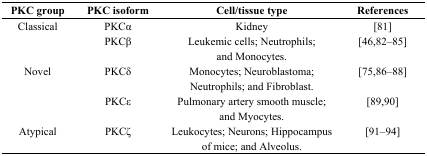
<table><thead><tr><td><b>PKC group</b></td><td><b>PKC isoform</b></td><td><b>Cell/tissue type</b></td><td><b>References</b></td></tr></thead><tbody><tr><td>Classical</td><td>PKCα</td><td>Kidney</td><td>[81]</td></tr><tr><td></td><td>PKCβ</td><td>Leukemic cells; Neutrophils; and Monocytes.</td><td>[46,82–85]</td></tr><tr><td>Novel</td><td>PKCδ</td><td>Monocytes; Neuroblastoma; Neutrophils; and Fibroblast.</td><td>[75,86–88]</td></tr><tr><td></td><td>PKCɛ</td><td>Pulmonary artery smooth muscle; and Myocytes.</td><td>[89,90]</td></tr><tr><td>Atypical</td><td>PKCζ</td><td>Leukocytes; Neurons; Hippocampus of mice; and Alveolus.</td><td>[91–94]</td></tr></tbody></table>